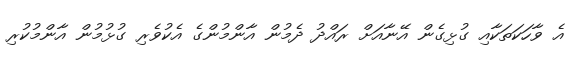
އެ ވާހަކަތަކާއި ގުޅިގެން އޭނާއަށް ރައްދު ދެމުން އާންމުންގެ އެކުވެރި ގުޅުމުން އާންމުކުރި